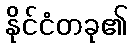
နိုင်ငံတခု၏